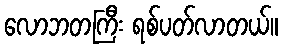
လောဘတကြီး ရစ်ပတ်လာတယ်။